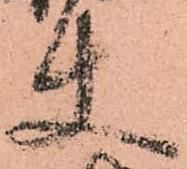
使